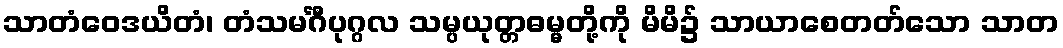
သာတံဝေဒယိတံ၊ တံသမင်္ဂီပုဂ္ဂလ သမ္ပယုတ္တဓမ္မတို့ကို မိမိ၌ သာယာစေတတ်သော သာတ